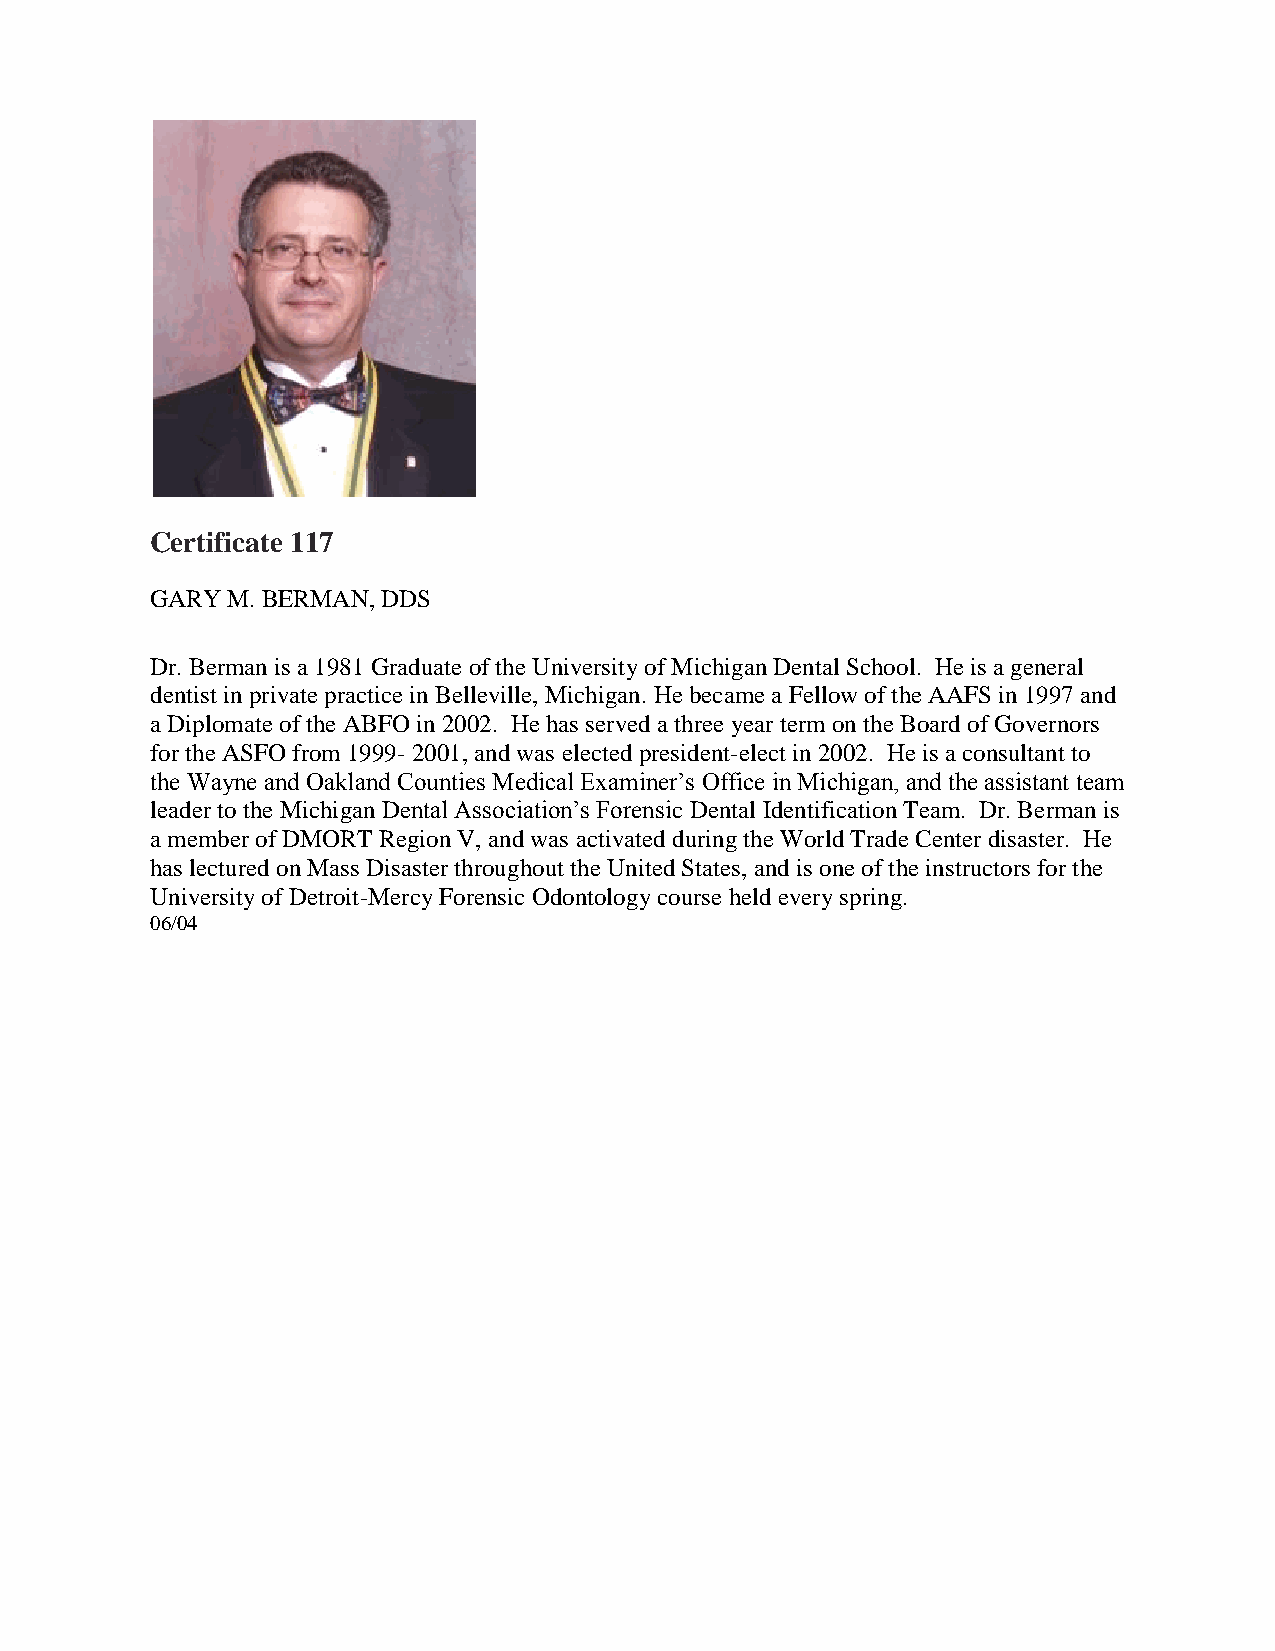
Certificate 117
 GARY M. BERMAN, DDS
 Dr. Berman is a 1981 Graduate of the University of Michigan Dental School. He is a general
 dentist in private practice in Belleville, Michigan. He became a Fellow of the AAFS in 1997 and
 a Diplomate of the ABFO in 2002. He has served a three year term on the Board of Governors
 for the ASFO from 1999- 2001, and was elected president-elect in 2002. He is a consultant to
 the Wayne and Oakland Counties Medical Examiner’s Office in Michigan, and the assistant team
 leader to the Michigan Dental Association’s Forensic Dental Identification Team. Dr. Berman is
 a member of DMORT Region V, and was activated during the World Trade Center disaster. He
 has lectured on Mass Disaster throughout the United States, and is one of the instructors for the
 University of Detroit-Mercy Forensic Odontology course held every spring.
 06/04